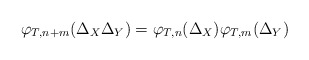
\begin{align*}\varphi_{T, n+m}(\Delta_X\Delta_Y) = \varphi_{T, n}(\Delta_X)\varphi_{T,m}(\Delta_Y)\end{align*}